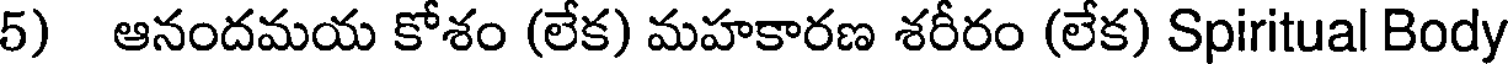
5) ఆనందమయ కోశం (లేక) మహకారణ శరీరం (లేక) Spiritual Body